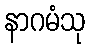
နာဂမံသု